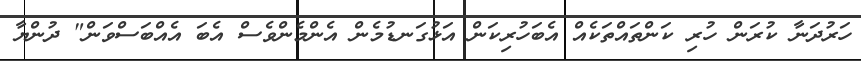
ހަރުދަނާ ކުރަން ހުރި ކަންތައްތަކެއް އެބަހުރިކަން އަޅުގަނޑުމެން އެންމެންވެސް އެބަ އެއްބަސްވަން" ދުންޔާ